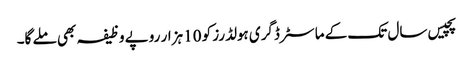
پچیس سال تک کے ماسٹر ڈگری ہولڈرز کو 10 ہزار روپے وظیفہ بھی ملے گا۔